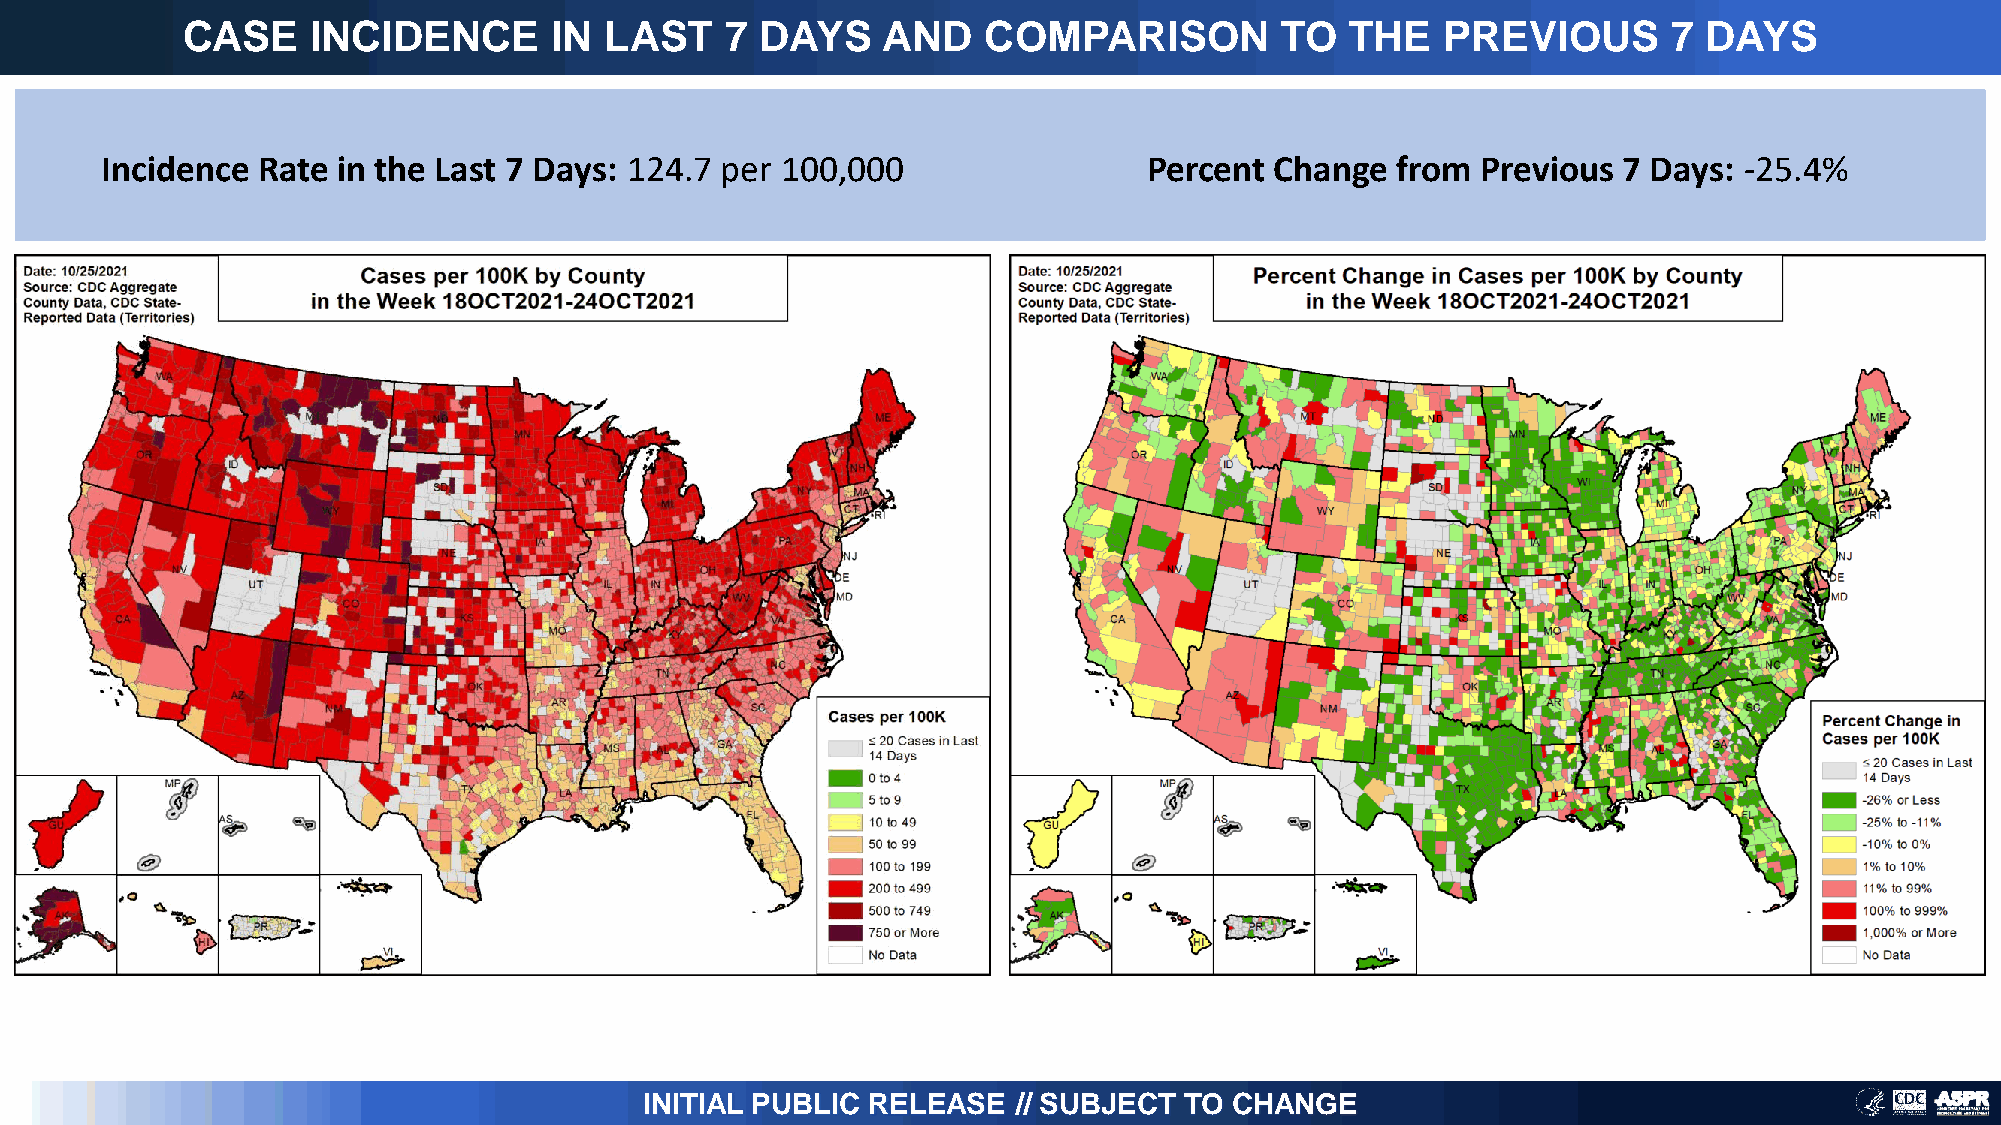
CASE     INCIDENCE       IN LAST    7 DAYS    AND    COMPARISON          TO  THE    PREVIOUS       7 DAYS
 Incidence Rate in the Last 7 Days: 124.7 per 100,000                 Percent Change  from  Previous 7 Days: -25.4%
 INITIAL PUBLIC RELEASE  // SUBJECT TO  CHANGE